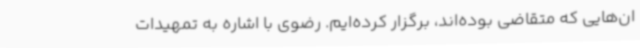
ان‌هایی که متقاضی بوده‌اند، برگزار کرده‌ایم. رضوی با اشاره به تمهیدات